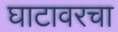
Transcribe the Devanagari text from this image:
घाटावरचा